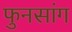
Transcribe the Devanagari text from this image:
फुनसांग